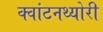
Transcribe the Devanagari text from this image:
क्‍वांटनथ्‍योरी